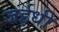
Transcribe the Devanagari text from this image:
जईधी